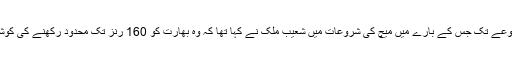
یعنی اسی مجموعے تک جس کے بارے میں میچ کی شروعات میں شعیب ملک نے کہا تھا کہ وہ بھارت کو 160 رنز تک محدود رکھنے کی کوشش کریں گے۔